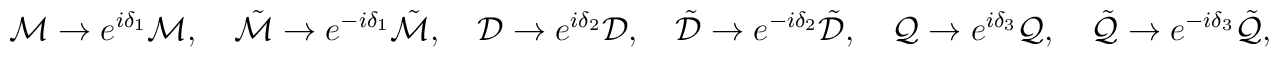
{\cal M} \to e^{i \delta_{1}} {\cal M}, \quad\tilde{\cal M} \to e^{-i \delta_{1}} \tilde{\cal M}, \quad{\cal D} \to e^{i \delta_{2}} {\cal D}, \quad\tilde{\cal D} \to e^{-i \delta_{2}} \tilde{\cal D}, \quad{\cal Q} \to e^{i \delta_{3}} {\cal Q}, \quad\tilde{\cal Q} \to e^{-i \delta_{3}} \tilde{\cal Q}, \quad